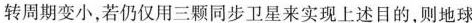
转周期变小，若仍仅用三颗同步卫星来实现上述目的，则地球